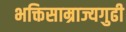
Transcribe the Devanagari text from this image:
भक्तिसाम्राज्यगुढी